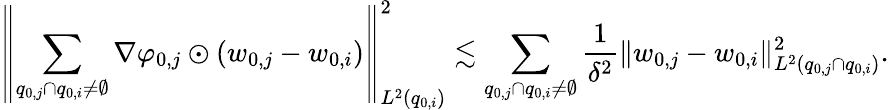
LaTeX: \left\| \sum_{q_{0,j}\cap q_{0,i}\neq\emptyset}\nabla\varphi_{0,j}\odot(w_{0,j}-w_{0,i})\right\| _{L^{2}(q_{0,i})}^{2}\lesssim\sum_{q_{0,j}\cap q_{0,i}\neq\emptyset}\frac{1}{\delta^{2}}\| w_{0,j}-w_{0,i}\| _{L^{2}(q_{0,j}\cap q_{0,i})}^{2}.